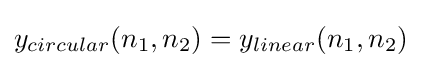
y_{circular}(n_{1},n_{2})=y_{linear}(n_{1},n_{2})